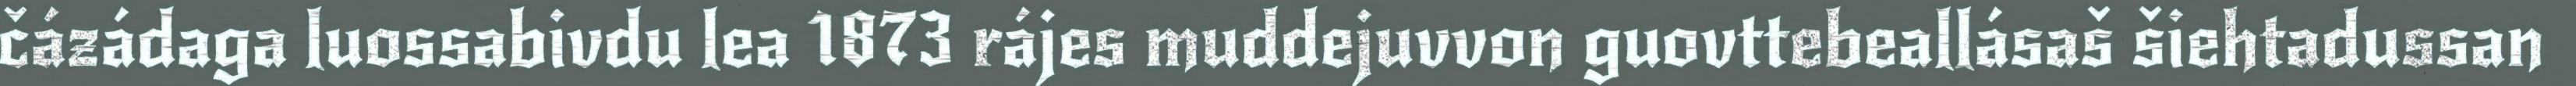
čázádaga luossabivdu lea 1873 rájes muddejuvvon guovttebeallásaš šiehtadussan